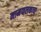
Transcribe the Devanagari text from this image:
नामफलकाचा